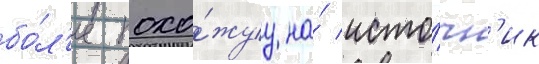
бо́л'ее похо́жуу на́ исто́чн'ик